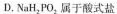
D.NaH_{2}PO_{2}属于硝酸盐